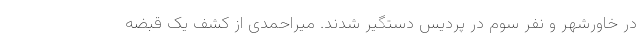
در خاورشهر و نفر سوم در پردیس دستگیر شدند. میراحمدی از کشف یک قبضه